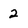
Character: 2